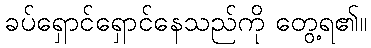
ခပ်ရှောင်ရှောင်နေသည်ကို တွေ့ရ၏။